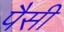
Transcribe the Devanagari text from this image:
पैसी